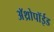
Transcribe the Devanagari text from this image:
अॅथ्रोपॉईड